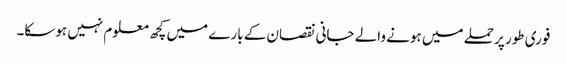
فوری طور پر حملے میں ہونے والے جانی نقصان کے بارے میں کچھ معلوم نہیں ہوسکا۔